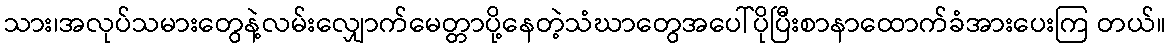
သား၊အလုပ်သမားတွေနဲ့လမ်းလျှောက်မေတ္တာပို့နေတဲ့သံဃာတွေအပေါ်ပိုပြီးစာနာထောက်ခံအားပေးကြ တယ်။